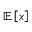
\mathbb { E } \left[ x \right]